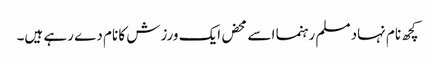
کچھ نام نہاد مسلم رہنما اسے محض ایک ورزش کا نام دے رہے ہیں۔